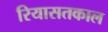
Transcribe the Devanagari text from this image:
रियासतकाल